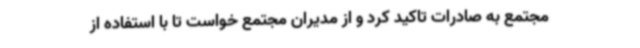
مجتمع به صادرات تاکید کرد و از مدیران مجتمع خواست تا با استفاده از